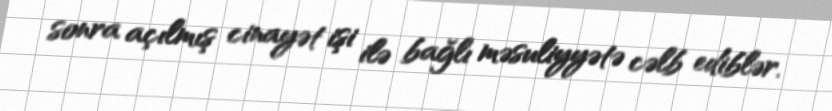
sonra açılmış cinayət işi ilə bağlı məsuliyyətə cəlb ediblər.